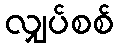
လျှပ်စစ်